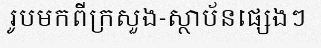
រូបមកពីក្រសួង-ស្ថាប័នផ្សេងៗ